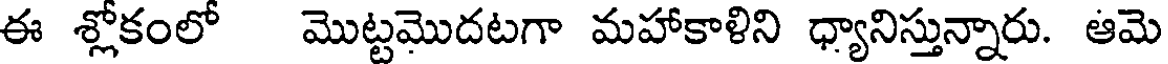
ఈ శ్లోకంలో మొట్టమొదటగా మహాకాళిని ధ్యానిస్తున్నారు. ఆమె